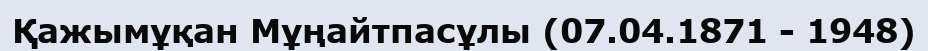
Қажымұқан Мұңайтпасұлы (07.04.1871 - 1948)